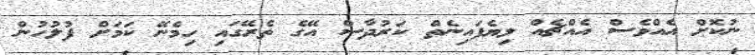
ނުކޮށް އެއްވެސް އެއްޗެއް ލިޔެފައިނެތް ކަރުދާސް އޭގެ ތެރޭގައި ހިމެނޭ ކަމަށް ފުލުހުން